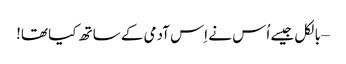
– بالکل جیسے اُس نے اِس آدمی کے ساتھ کیا تھا!